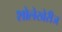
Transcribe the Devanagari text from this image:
शोलेखेरीज